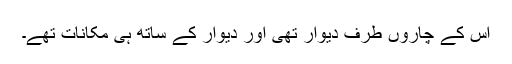
اس کے چاروں طرف دیوار تھی اور دیوار کے ساتھ ہی مکانات تھے۔